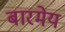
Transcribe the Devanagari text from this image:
बारमेय